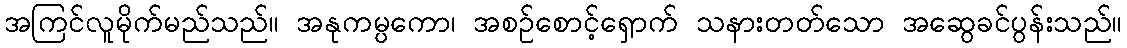
အကြင်လူမိုက်မည်သည်။ အနုကမ္ပကော၊ အစဉ်စောင့်ရှောက် သနားတတ်သော အဆွေခင်ပွန်းသည်။